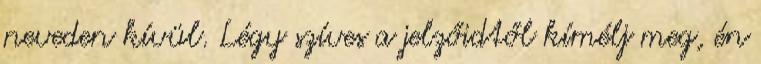
neveden kívül. Légy szíves a jelzőidtől kímélj meg, én